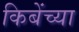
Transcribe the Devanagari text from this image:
किबेंच्या